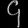
Digit: ၄